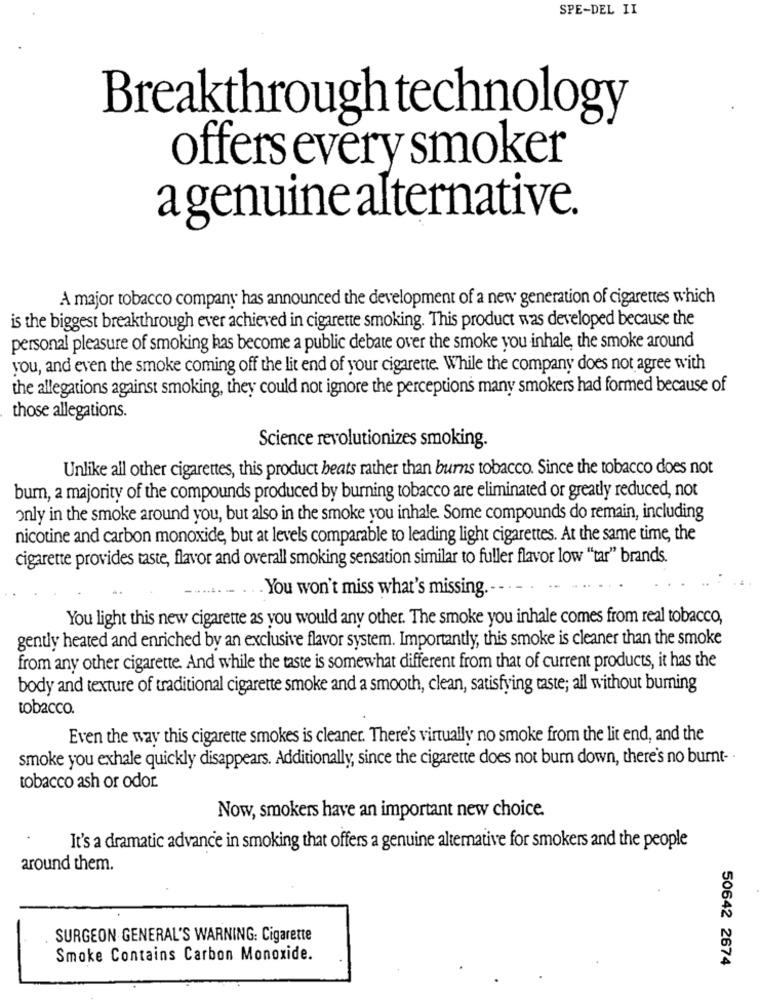
SPE-DEL II
Breakthrough technology
offers every smoker
a genuine alternative.
A major tobacco company has announced the development of a new generation of cigarettes which
is the biggest breakthrough ever achieved in cigarette smoking. This product was developed because the
personal pleasure of smoking has become a public debate over the smoke you inhale, the smoke around
you, and even the smoke coming off the lit end of your cigarette. While the company does not agree with
the allegations against smoking, they could not ignore the perceptions many smokers had formed because of
those allegations.
Science revolutionizes smoking.
Unlike all other cigarettes, this product beats rather than burns tobacco. Since the tobacco does not
burn, a majority of the compounds produced by burning tobacco are eliminated or greatly reduced, not
only in the smoke around you, but also in the smoke you inhale. Some compounds do remain, including
nicotine and carbon monoxide, but at levels comparable to leading light cigarettes. At the same time, the
cigarette provides taste, flavor and overall smoking sensation similar to fuller flavor low "tar" brands.
..... .
.You won't miss what's missing.
You light this new cigarette as you would any other. The smoke you inhale comes from real tobacco,
gently heated and enriched by an exclusive flavor system. Importantly, this smoke is cleaner than the smoke
from any other cigarette. And while the taste is somewhat different from that of current products, it has the
body and texture of traditional cigarette smoke and a smooth, clean, satisfying taste; all without burning
tobacco.
Even the way this cigarette smokes is cleaner. There's virtually no smoke from the lit end, and the
smoke you exhale quickly disappears. Additionally, since the cigarette does not bum down, there's no burnt-
tobacco ash or odor.
Now, smokers have an important new choice.
It's a dramatic advance in smoking that offers a genuine alternative for smokers and the people
around them.
SURGEON GENERAL'S WARNING: Cigarette
Smoke Contains Carbon Monoxide.
50642 2674